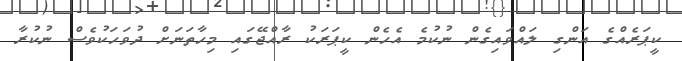
ކީޕަރެއްގެ އަންގި ލައްވައިގެން ނުކުމެ އެހެން ކީޕަރަކު ރާއްޖޭގައި މިހާތަނަށް ދުވަހަކުވެސް ނުކުރާ